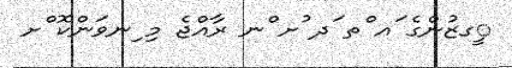
ީގޒުންގެ ައ ްތ ަދ ުށ ްނ ރާއްޖެ މި ިނވަންކޮ ްށ